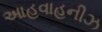
આહવાહનીઝ